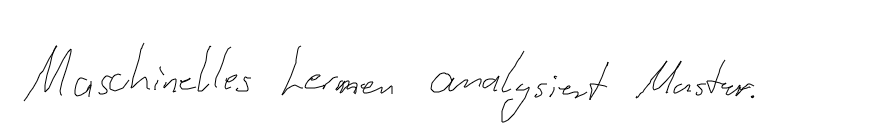
Maschinelles Lernen analysiert Muster.